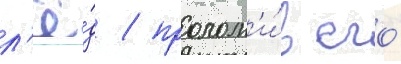
л'ё́д / пролом'и́в его́